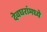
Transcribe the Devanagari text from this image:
देवघरांमध्ये